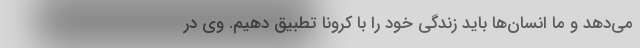
می‌دهد و ما انسان‌ها باید زندگی خود را با کرونا تطبیق دهیم. وی در